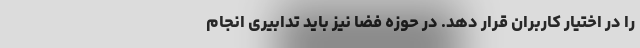
را در اختیار کاربران قرار دهد. در حوزه فضا نیز باید تدابیری انجام